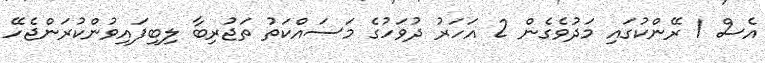
އެސް 1 ރޭންކުގައި މަދުވެގެން 2 އަހަރު ދުވަހުގެ މަސައްކަތު ތަޖުރިބާ ލިބިފައިވުންކުރަންޖެހޭ